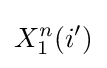
X_{1}^{n}(i')